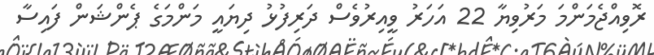
ރޮވިއްޖެމަންމަ މަރުވިޔާ 22 އަހަރު ވީއިރުވެސް ދަރިފުޅު ދިޔައީ މަންމަގެ ޕެންޝަން ފައިސާ